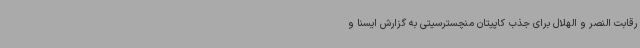
رقابت النصر و الهلال برای جذب کاپیتان منچسترسیتی به گزارش ایسنا و